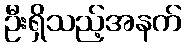
ဦးရှိသည့်အနက်